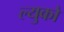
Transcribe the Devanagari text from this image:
ल्युको